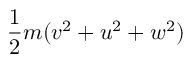
\frac { 1 } { 2 } m ( v ^ { 2 } + u ^ { 2 } + w ^ { 2 } )